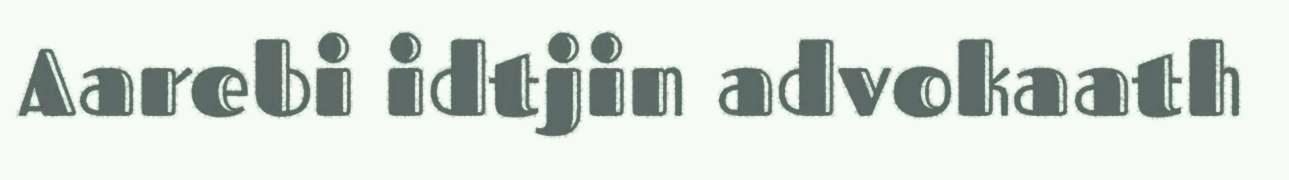
Aarebi idtjin advokaath